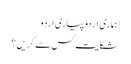
| ہماری اردو پیاری اردو
شکایت کس سے کریں؟